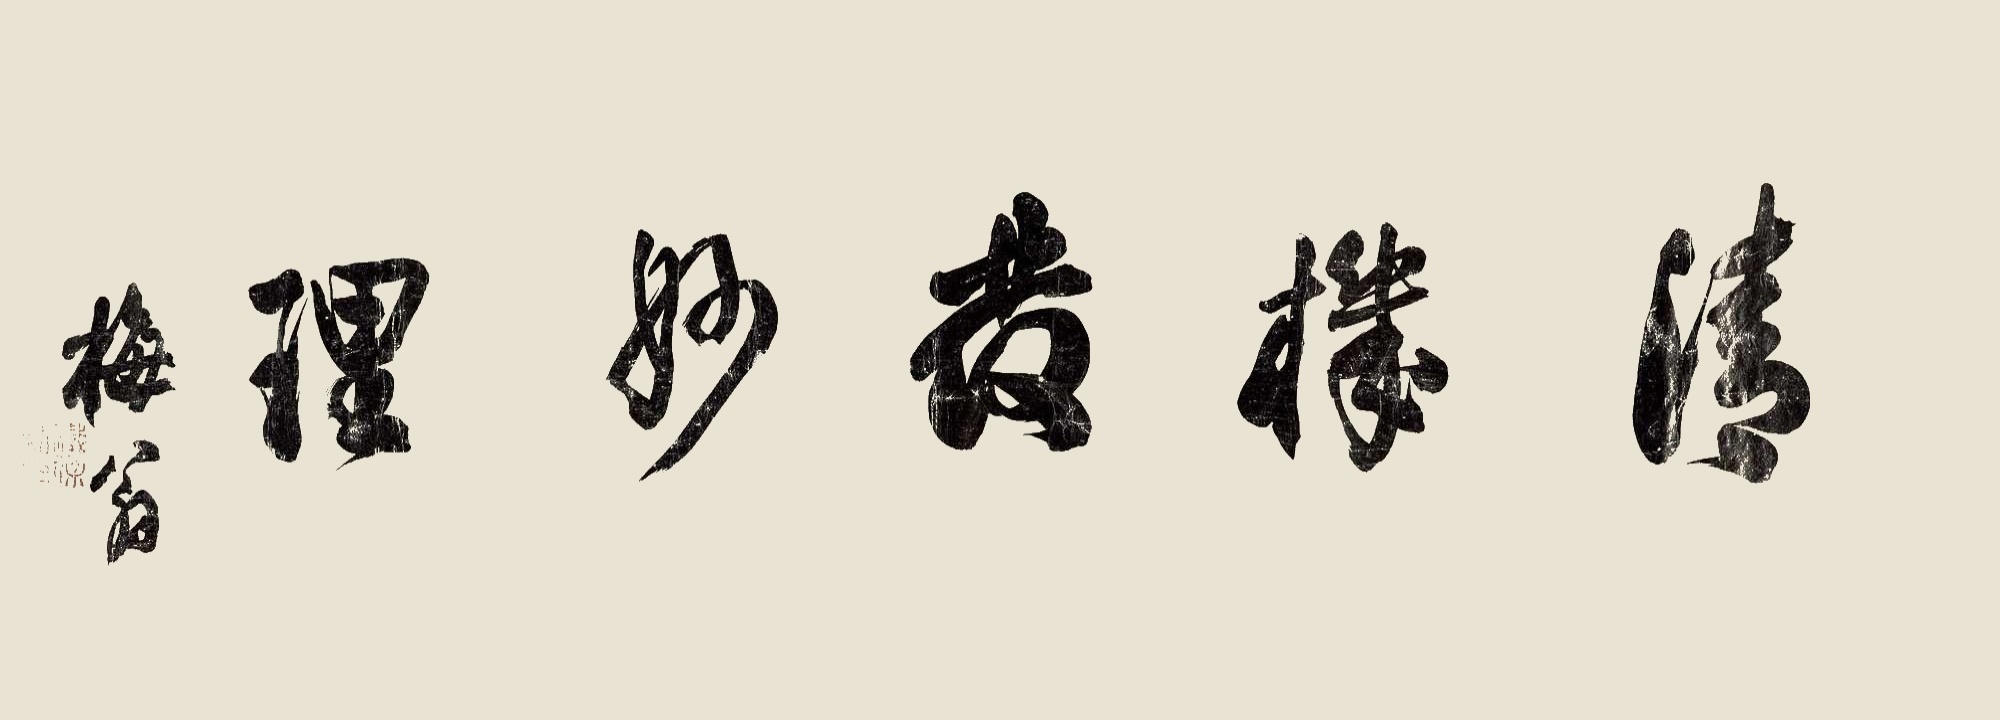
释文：清机发妙理。梅翁。